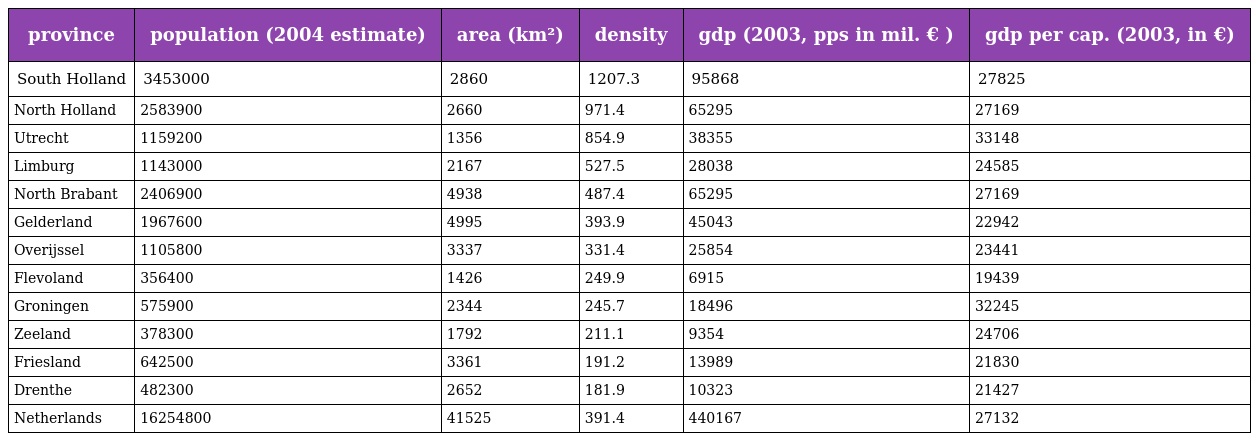
| province | population (2004 estimate) | area (km²) | density | gdp (2003, pps in mil. € ) | gdp per cap. (2003, in €) |
 | --- | --- | --- | --- | --- | --- |
 | South Holland | 3453000 | 2860 | 1207.3 | 95868 | 27825 |
 | North Holland | 2583900 | 2660 | 971.4 | 65295 | 27169 |
 | Utrecht | 1159200 | 1356 | 854.9 | 38355 | 33148 |
 | Limburg | 1143000 | 2167 | 527.5 | 28038 | 24585 |
 | North Brabant | 2406900 | 4938 | 487.4 | 65295 | 27169 |
 | Gelderland | 1967600 | 4995 | 393.9 | 45043 | 22942 |
 | Overijssel | 1105800 | 3337 | 331.4 | 25854 | 23441 |
 | Flevoland | 356400 | 1426 | 249.9 | 6915 | 19439 |
 | Groningen | 575900 | 2344 | 245.7 | 18496 | 32245 |
 | Zeeland | 378300 | 1792 | 211.1 | 9354 | 24706 |
 | Friesland | 642500 | 3361 | 191.2 | 13989 | 21830 |
 | Drenthe | 482300 | 2652 | 181.9 | 10323 | 21427 |
 | Netherlands | 16254800 | 41525 | 391.4 | 440167 | 27132 |